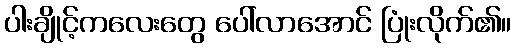
ပါးချိုင့်ကလေးတွေ ပေါ်လာအောင် ပြုံးလိုက်၏။